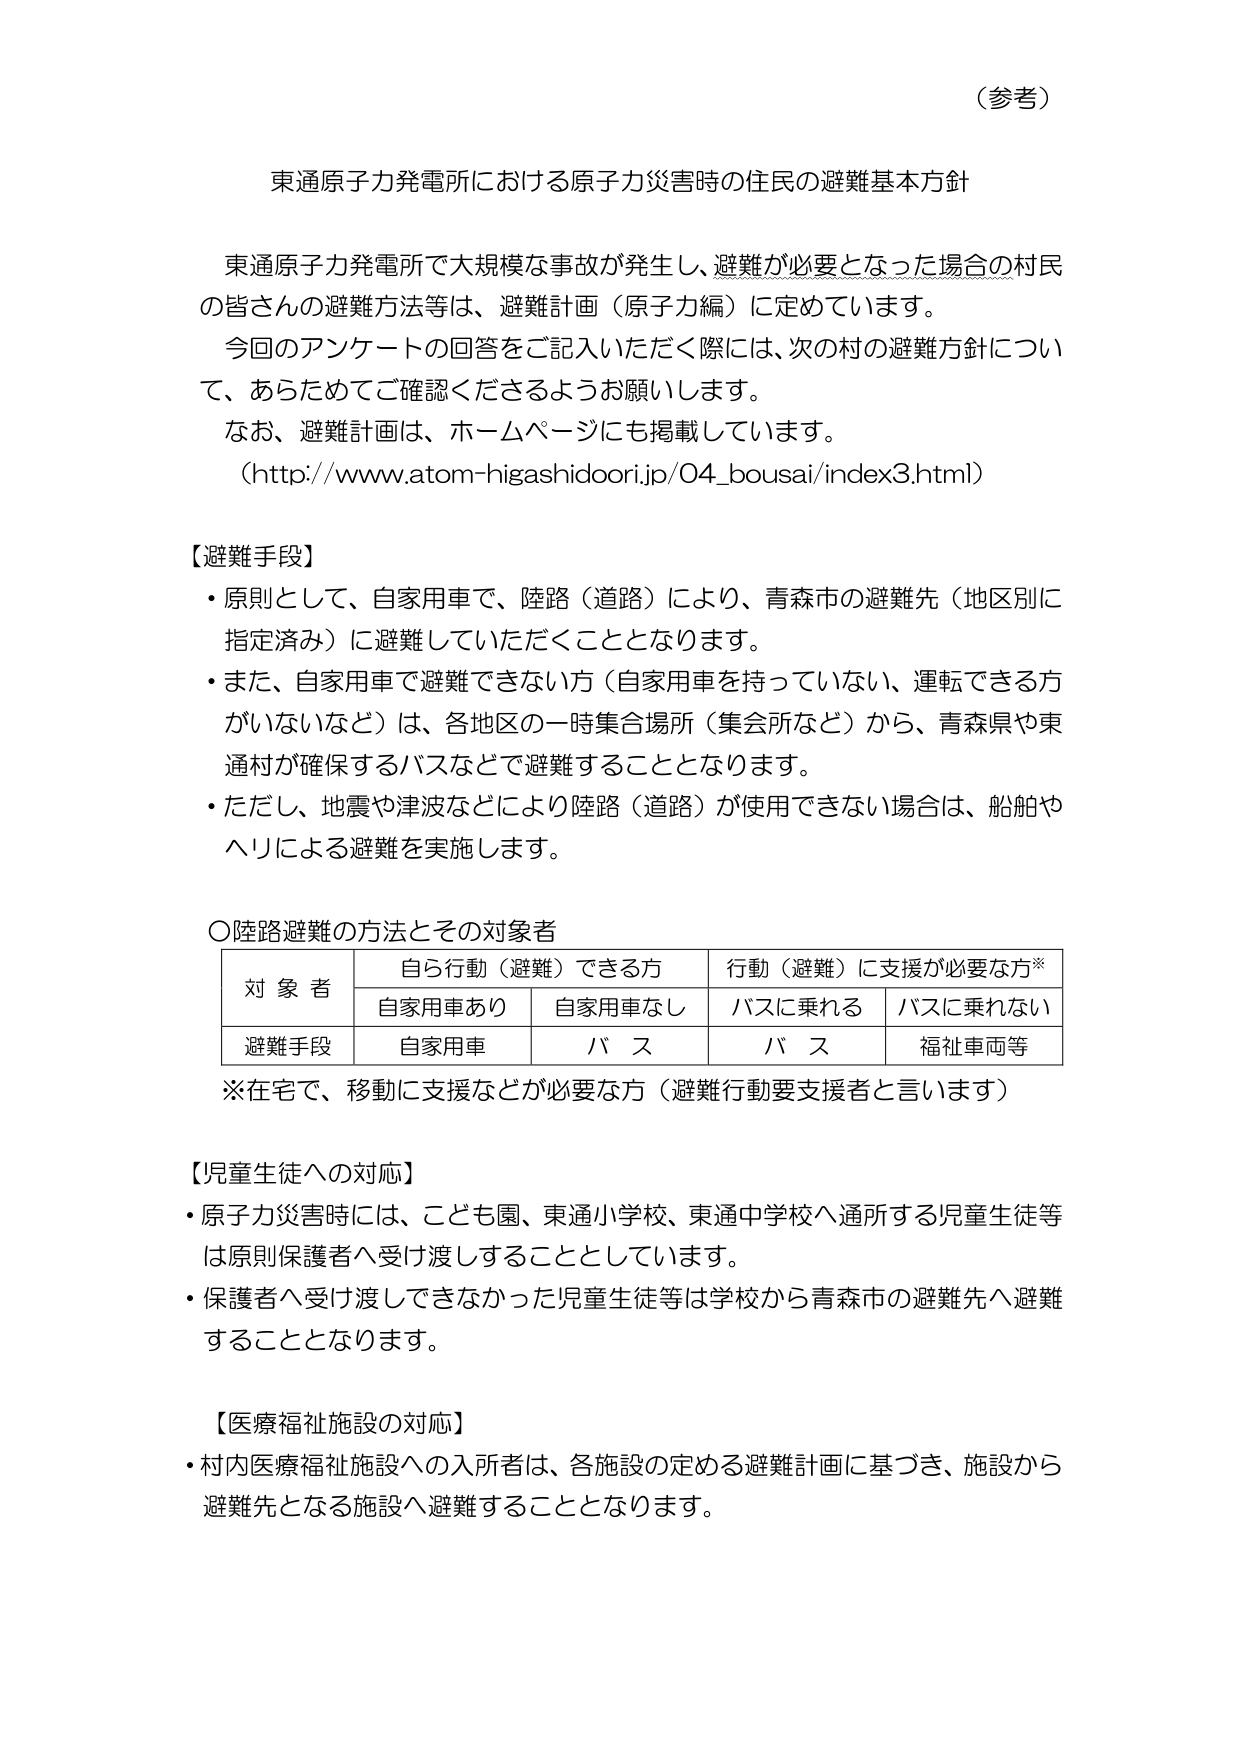
（参考）

東通原子力発電所における原子力災害時の住民の避難基本方針

東通原子力発電所で大規模な事故が発生し、避難が必要となった場合の村民の皆さんの避難方法等は、避難計画（原子力編）に定めています。
今回のアンケートの回答をご記入いただく際には、次の村の避難方針について、あらためてご確認くださるようお願いします。
なお、避難計画は、ホームページにも掲載しています。
（http://www.atom-higashidoori.jp/04_bousai/index3.html）

【避難手段】
・原則として、自家用車で、陸路（道路）により、青森市の避難先（地区別に指定済み）に避難していただくこととなります。
・また、自家用車で避難できない方（自家用車を持っていない、運転できる方がいないなど）は、各地区の一時集合場所（集会所など）から、青森県や東通村が確保するバスなどで避難することとなります。
・ただし、地震や津波などにより陸路（道路）が使用できない場合は、船舶やヘリによる避難を実施します。

○陸路避難の方法とその対象者
| 対象者 | 自ら行動（避難）できる方 | 行動（避難）に支援が必要な方※ |
|--------|--------------------------|------------------------------|
|        | 自家用車あり             | 自家用車なし                 | バスに乗れる | バスに乗れない |
| 避難手段 | 自家用車                 | バス                         | バス         | 福祉車両等     |

※在宅で、移動に支援などが必要な方（避難行動要支援者と言います）

【児童生徒への対応】
・原子力災害時には、こども園、東通小学校、東通中学校へ通所する児童生徒等は原則保護者へ受け渡しすることとしています。
・保護者へ受け渡しできなかった児童生徒等は学校から青森市の避難先へ避難することとなります。

【医療福祉施設の対応】
・村内医療福祉施設への入所者は、各施設の定める避難計画に基づき、施設から避難先となる施設へ避難することとなります。